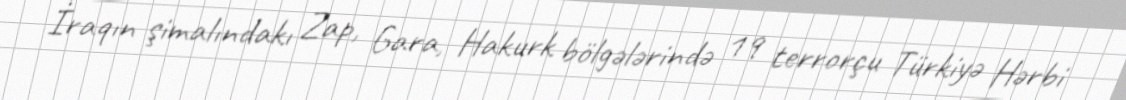
İraqın şimalındakı Zap, Gara, Hakurk bölgələrində 19 terrorçu Türkiyə Hərbi